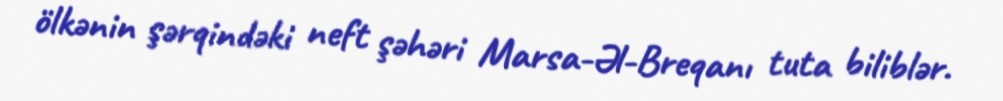
ölkənin şərqindəki neft şəhəri Marsa-Əl-Breqanı tuta biliblər.